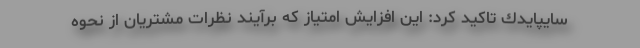
سايپايدك تاكيد كرد: اين افزايش امتياز كه برآيند نظرات مشتريان از نحوه